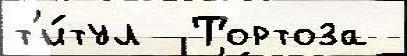
т'и́тул  Тортоза